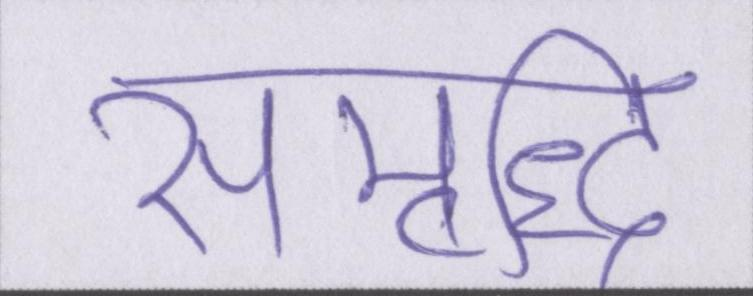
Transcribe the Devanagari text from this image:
समृद्धि